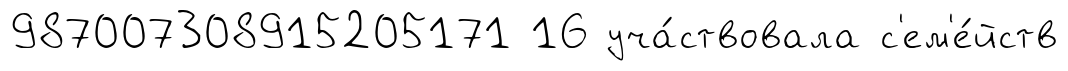
987007308915205171 16 уча́ствовала с'ем'е́йств